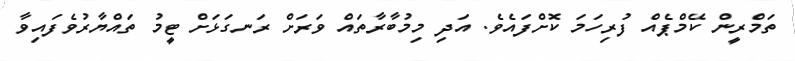
ތަމްރީން ކޭމްޕެއް ފުރިހަމަ ކޮށްފައެވެ. އަދި މިމުބާރާތައް ވަރަށް ރަނގަޅަށް ޓީމު ތައްޔާރުވެފައިވާ